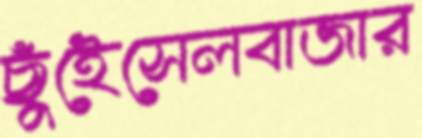
ছুঁইেসেলবাজার